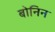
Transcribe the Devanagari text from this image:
बोनिन